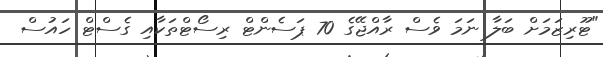
"ޓޫރިޒަމަށް ބަލާ ނަމަ ވެސް ރާއްޖޭގެ 70 ޕަސެންޓް ރިސޯޓްތަކާއި ގެސްޓް ހައުސް